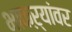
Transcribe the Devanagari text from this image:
भाकऱ्यांवर